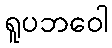
ရူပဘဝေါ